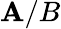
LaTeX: \mathbf{A}/B